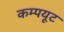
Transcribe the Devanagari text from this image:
कम्पयूट